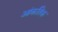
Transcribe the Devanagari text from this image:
आंकतिक